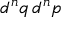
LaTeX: d ^ { n } q \, d ^ { n } p